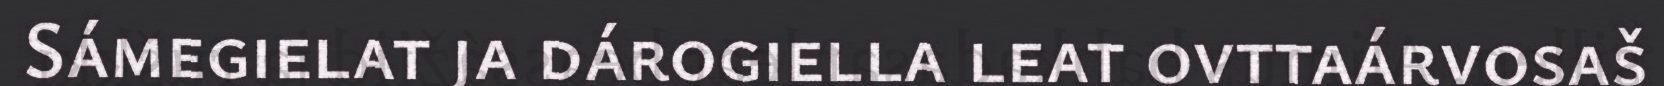
Sámegielat ja dárogiella leat ovttaárvosaš